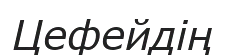
Цефейдің